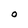
Character: O